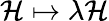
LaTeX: \mathcal{H}\mapsto\lambda\mathcal{H}